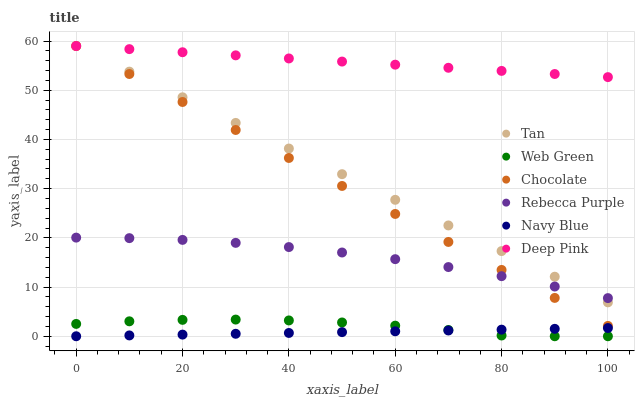
| xaxis_label | Tan | Web Green | Chocolate | Rebecca Purple | Navy Blue | Deep Pink |
 | --- | --- | --- | --- | --- | --- | --- |
 | 0 | 59 | 2.51 | 59 | 20.1 | 0 | 59 |
 | 10 | 53.8 | 3.04 | 53.3 | 19.9 | 0.168 | 58.4 |
 | 20 | 48.6 | 3.33 | 47.6 | 19.6 | 0.335 | 57.7 |
 | 30 | 43.4 | 3.39 | 41.9 | 19 | 0.503 | 57.1 |
 | 40 | 38.2 | 3.21 | 36.2 | 18.1 | 0.67 | 56.5 |
 | 50 | 32.9 | 2.8 | 30.6 | 17 | 0.838 | 55.8 |
 | 60 | 27.7 | 2.15 | 24.9 | 15.7 | 1.01 | 55.2 |
 | 70 | 22.5 | 1.27 | 19.2 | 14.1 | 1.17 | 54.6 |
 | 80 | 17.3 | 0.151 | 13.5 | 12.2 | 1.34 | 53.9 |
 | 90 | 12.1 | 0 | 7.79 | 10.1 | 1.51 | 53.3 |
 | 100 | 6.89 | 0 | 2.1 | 7.75 | 1.68 | 52.7 |